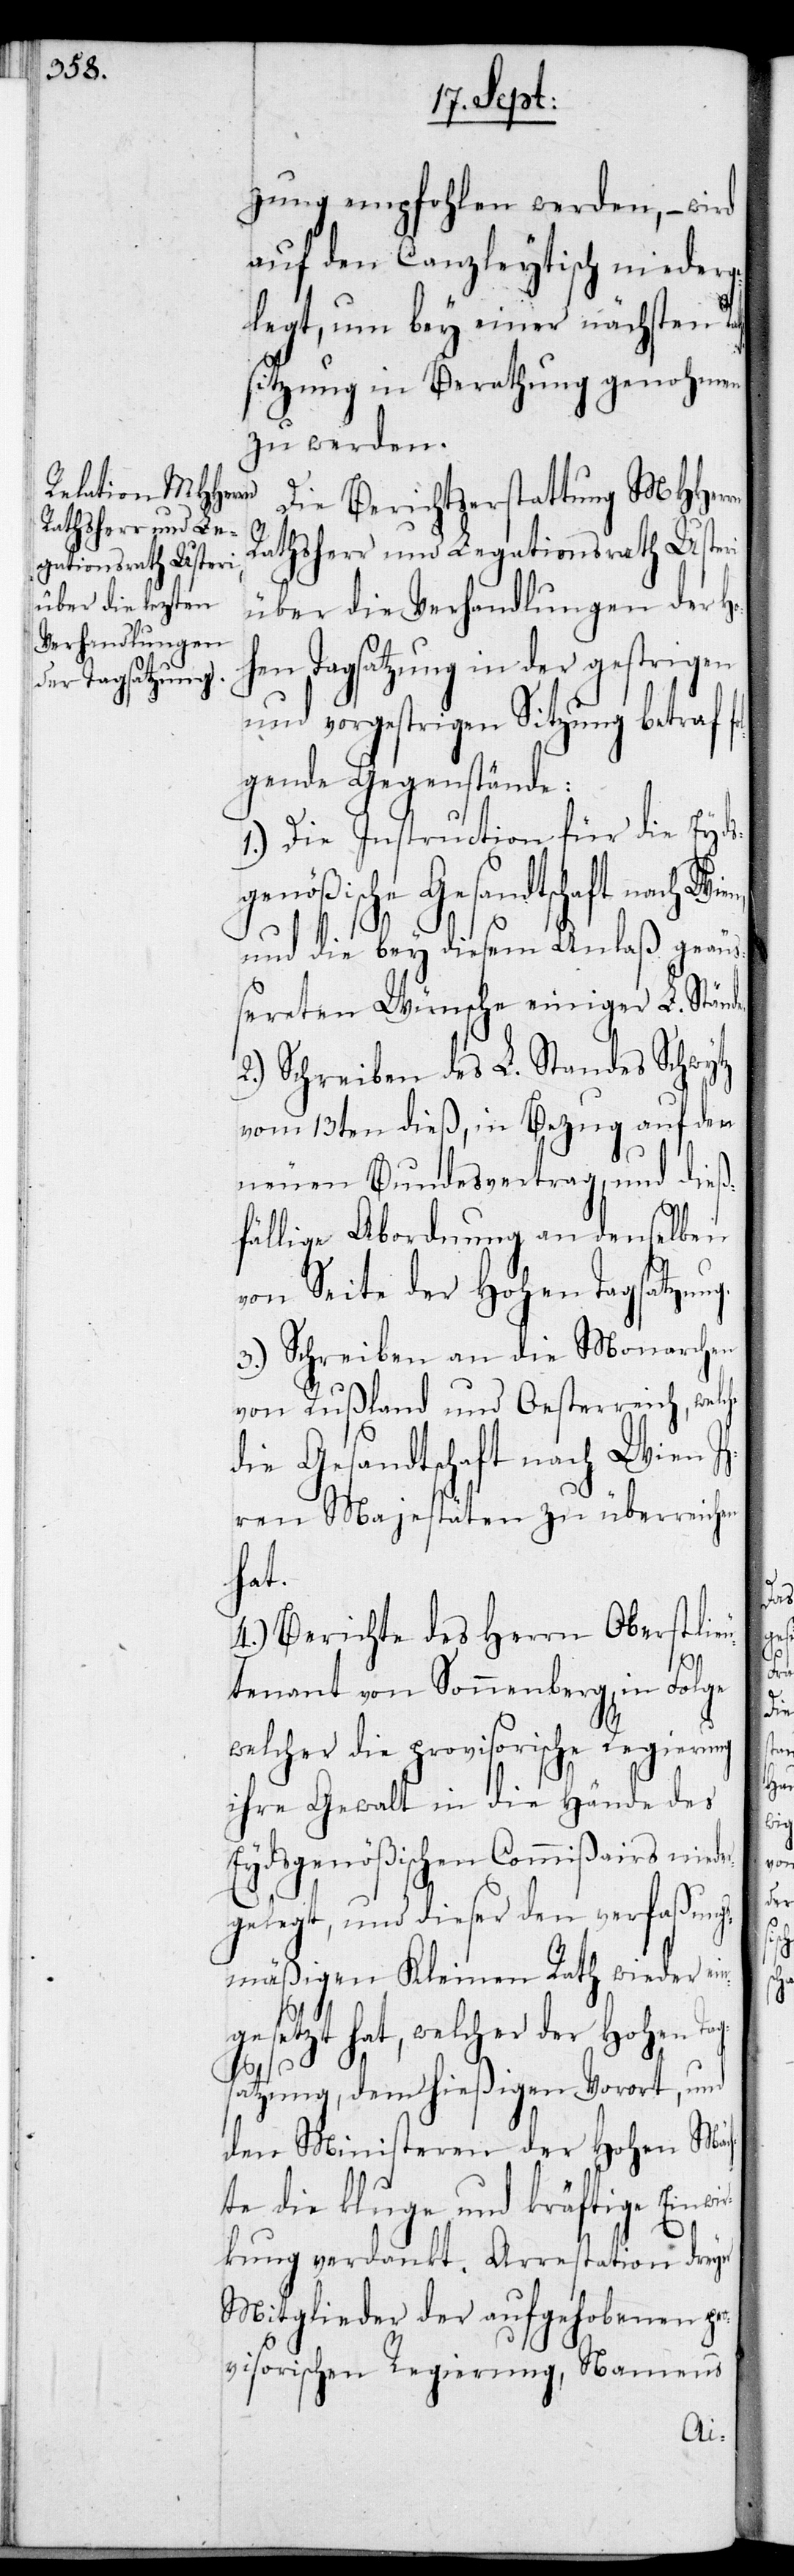
zung empfohlen werden, – wird
auf den Canzleytisch niederg¬
elegt, um bey einer nächsten Ra¬
sitzung in Berathung genohmen
zu werden.
Die Berichterstattung MHHerrn
Rathsherr und Le¬
gationsrath Usteri
über die Verhandlungen der Ho¬
hen Tagsatzung in der gestrigen
und vorgestrigen Sitzung betraf fo¬
lgende Gegenstände:
1.) Die Instruction für die Eyds¬
genößischen Gesandtschaft nach Wi¬
und die bey diesem Anlaß geäuß¬
ereten Wünsche einiger L. Ständ¬
2.) Schreiben des L. Standes Schwytz
vom 13ten dieß, in Bezug auf den
neuen Bundesvertrag, und dieß¬
fällige Abordnung an denselben
von Seite der Hohen Tagsatzung.
3.) Schreiben an die Monarchen
von Rußland und Oesterreich, welche
die Gesandtschaft nach Wien Ih¬
ren Majestäten zu überreichen
hat.
4.) Berichte des Herrn Oberstlie¬
utenant von Sonnenberg, in Folge
welcher die provisorische Regierung
ihre Gewalt in die Hände des
Eydsgenößischen Commißairs niede¬
rgelegt, und dieser den verfaßung¬
smäßigen Kleinen Rath wieder ein¬
gesetzt hat, welcher der Hohen Tag¬
e.
satzung, dem hießigen Vorort, und
den Ministeren der Hohen Mäc¬
hte die kluge und kräftige Einwi¬
rkung verdankt. Arrestation dreyer
Mitglieder der aufgehobenen pro¬
visorischen Regierung, Namens
ths¬